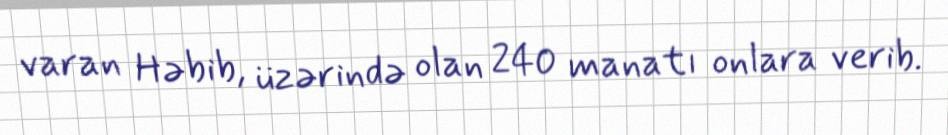
varan Həbib, üzərində olan 240 manatı onlara verib.